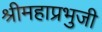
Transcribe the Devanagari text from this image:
श्रीमहाप्रभुजी